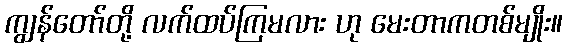
ကျွန်တော်တို့ လက်ထပ်ကြမလား ဟု မေးတာကတစ်မျိုး။